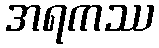
အရကဿ